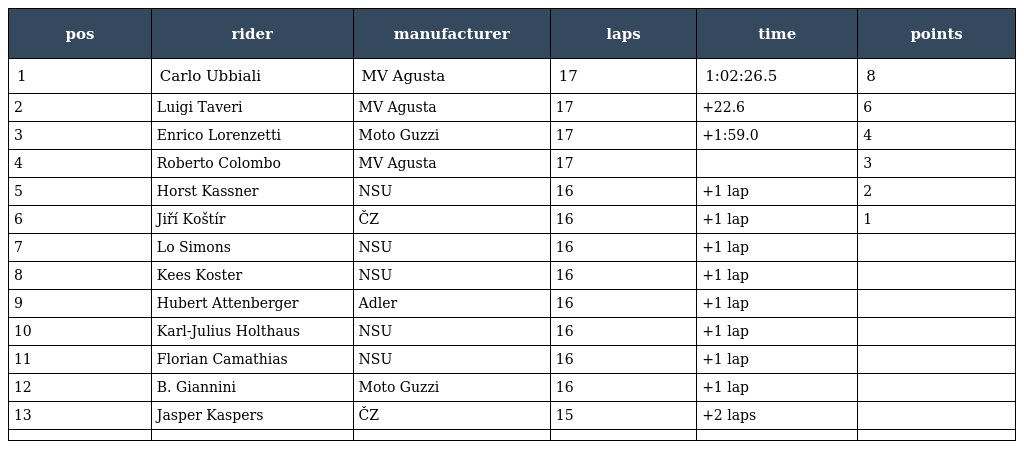
| pos | rider | manufacturer | laps | time | points |
 | --- | --- | --- | --- | --- | --- |
 | 1 | Carlo Ubbiali | MV Agusta | 17 | 1:02:26.5 | 8 |
 | 2 | Luigi Taveri | MV Agusta | 17 | +22.6 | 6 |
 | 3 | Enrico Lorenzetti | Moto Guzzi | 17 | +1:59.0 | 4 |
 | 4 | Roberto Colombo | MV Agusta | 17 |  | 3 |
 | 5 | Horst Kassner | NSU | 16 | +1 lap | 2 |
 | 6 | Jiří Koštír | ČZ | 16 | +1 lap | 1 |
 | 7 | Lo Simons | NSU | 16 | +1 lap |  |
 | 8 | Kees Koster | NSU | 16 | +1 lap |  |
 | 9 | Hubert Attenberger | Adler | 16 | +1 lap |  |
 | 10 | Karl-Julius Holthaus | NSU | 16 | +1 lap |  |
 | 11 | Florian Camathias | NSU | 16 | +1 lap |  |
 | 12 | B. Giannini | Moto Guzzi | 16 | +1 lap |  |
 | 13 | Jasper Kaspers | ČZ | 15 | +2 laps |  |
 |  |  |  |  |  |  |